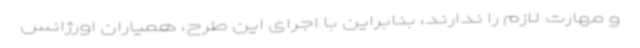
و مهارت لازم را ندارند، بنابراین با اجرای این طرح، همیاران اورژانس